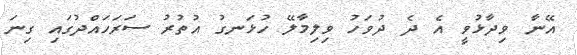
އޭނާ ވިދާޅުވީ އެ ދެ ދުވަހު ވިލިމާލޭ ހުޅަނގު އުތުރު ސަރަހައްދުގައި ގިނަ